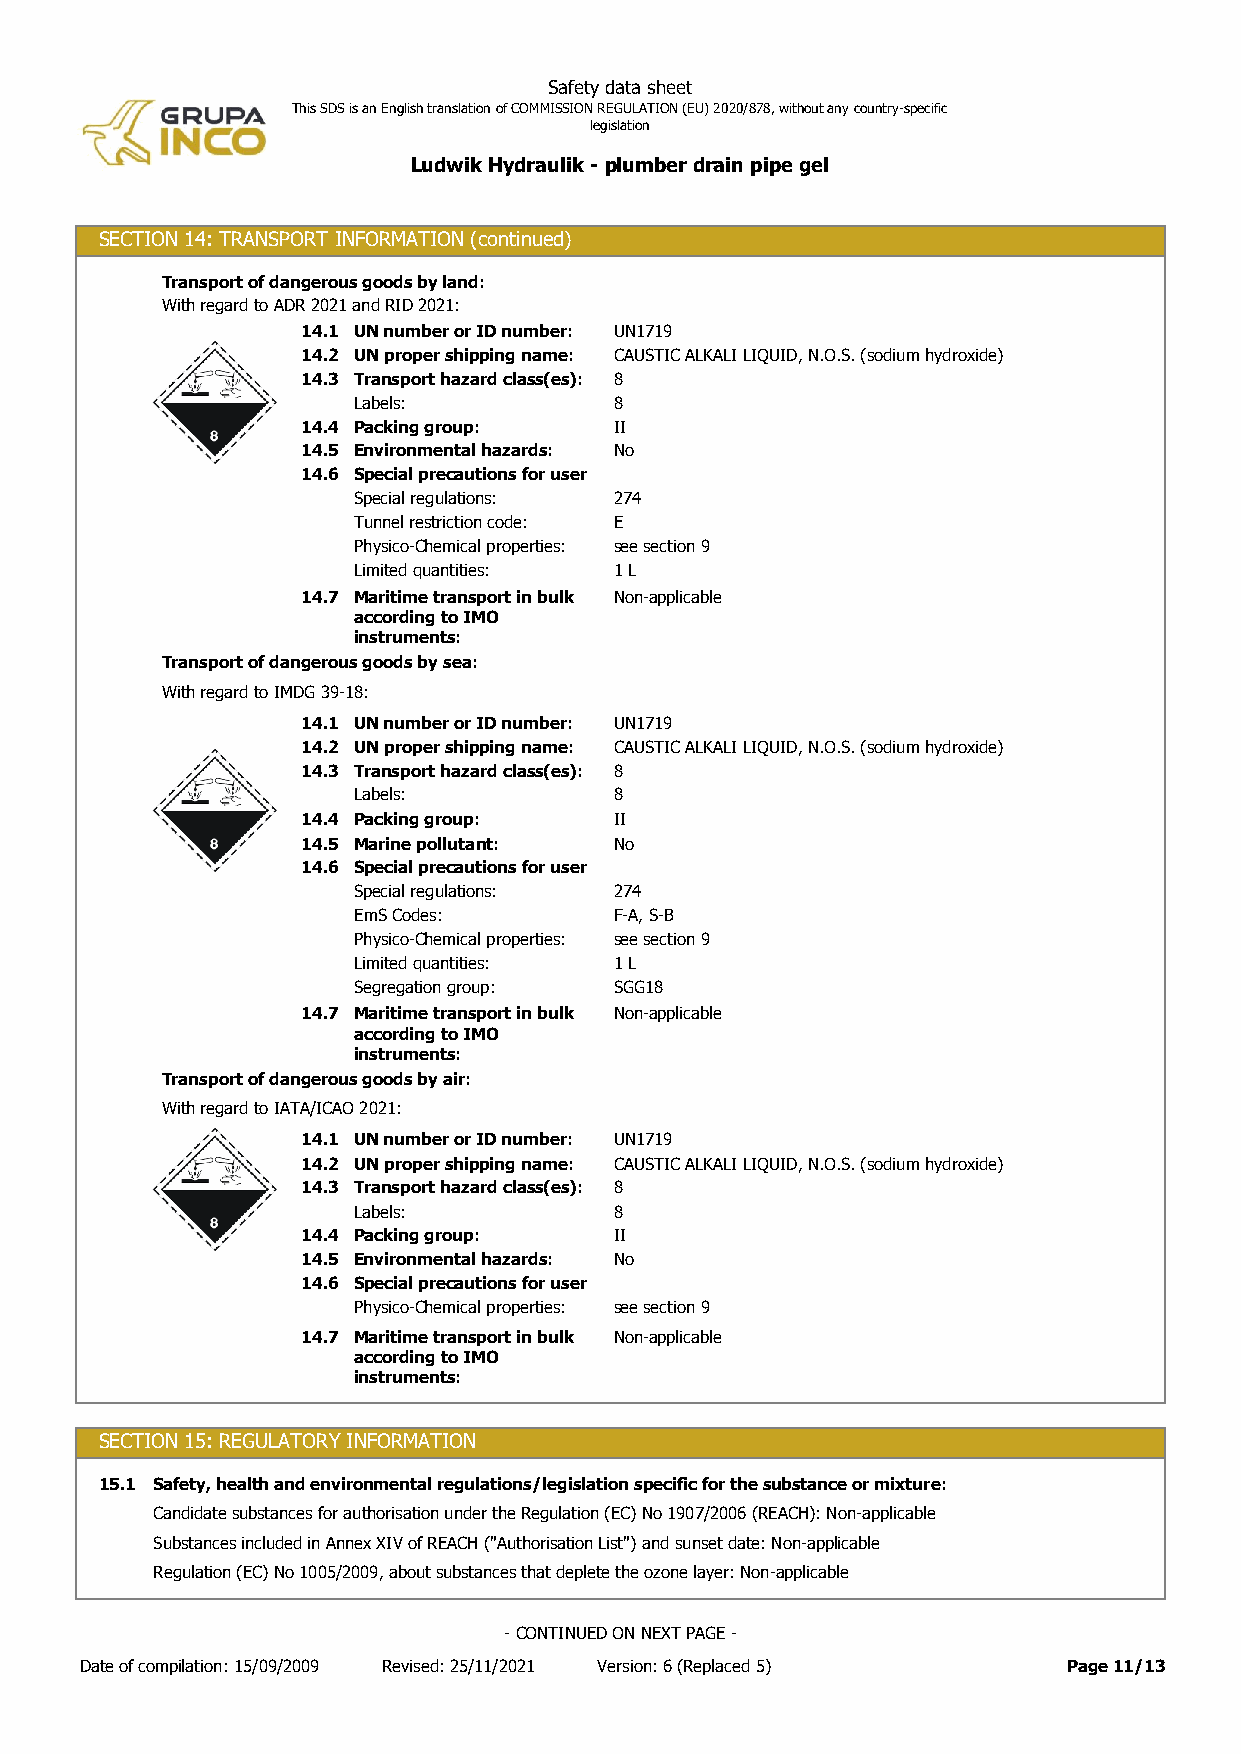
Safety data sheet
 This SDS is an English translation of COMMISSION REGULATION (EU) 2020/878, without any country-specific
 legislation
 Ludwik Hydraulik - plumber drain pipe gel
 SECTION 14: TRANSPORT INFORMATION (continued)
 Transport of dangerous goods by land:
 With regard to ADR 2021 and RID 2021:
 14.1 UN number or ID number: UN1719
 14.2 UN proper shipping name: CAUSTIC ALKALI LIQUID, N.O.S. (sodium hydroxide)
 14.3 Transport hazard class(es): 8
 Labels:           8
 14.4 Packing group:  II
 14.5 Environmental hazards: No
 14.6 Special precautions for user
 Special regulations: 274
 Tunnel restriction code: E
 Physico-Chemical properties: see section 9
 Limited quantities: 1 L
 14.7 Maritime transport in bulk Non-applicable
 according to IMO
 instruments:
 Transport of dangerous goods by sea:
 With regard to IMDG 39-18:
 14.1 UN number or ID number: UN1719
 14.2 UN proper shipping name: CAUSTIC ALKALI LIQUID, N.O.S. (sodium hydroxide)
 14.3 Transport hazard class(es): 8
 Labels:           8
 14.4 Packing group:  II
 14.5 Marine pollutant: No
 14.6 Special precautions for user
 Special regulations: 274
 EmS Codes:        F-A, S-B
 Physico-Chemical properties: see section 9
 Limited quantities: 1 L
 Segregation group: SGG18
 14.7 Maritime transport in bulk Non-applicable
 according to IMO
 instruments:
 Transport of dangerous goods by air:
 With regard to IATA/ICAO 2021:
 14.1 UN number or ID number: UN1719
 14.2 UN proper shipping name: CAUSTIC ALKALI LIQUID, N.O.S. (sodium hydroxide)
 14.3 Transport hazard class(es): 8
 Labels:           8
 14.4 Packing group:  II
 14.5 Environmental hazards: No
 14.6 Special precautions for user
 Physico-Chemical properties: see section 9
 14.7 Maritime transport in bulk Non-applicable
 according to IMO
 instruments:
 SECTION 15: REGULATORY INFORMATION
 15.1 Safety, health and environmental regulations/legislation specific for the substance or mixture:
 Candidate substances for authorisation under the Regulation (EC) No 1907/2006 (REACH): Non-applicable
 Substances included in Annex XIV of REACH ("Authorisation List") and sunset date: Non-applicable
 Regulation (EC) No 1005/2009, about substances that deplete the ozone layer: Non-applicable
 - CONTINUED ON NEXT PAGE -
 Date of compilation: 15/09/2009 Revised: 25/11/2021 Version: 6 (Replaced 5) Page 11/13